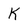
Character: K